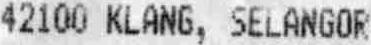
42100 KLANG, SELANGOR